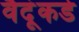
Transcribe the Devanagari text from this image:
वैदूंकडे